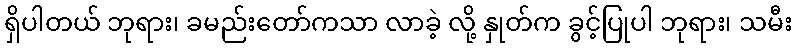
ရှိပါတယ် ဘုရား၊ ခမည်းတော်ကသာ လာခဲ့ လို့ နှုတ်က ခွင့်ပြုပါ ဘုရား၊ သမီး